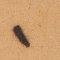
١